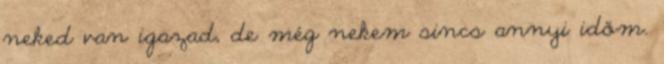
neked van igazad, de még nekem sincs annyi időm.